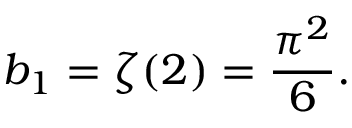
b _ { 1 } = \zeta ( 2 ) = \frac { \pi ^ { 2 } } { 6 } .